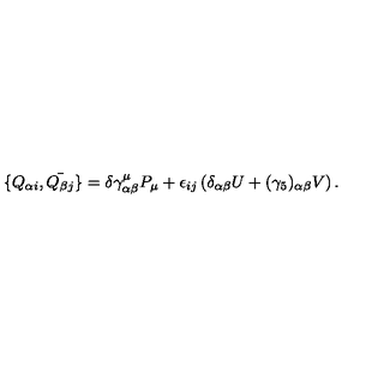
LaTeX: \{ Q _ { \alpha i } , \bar { Q _ { \beta j } } \} = \delta \gamma _ { \alpha \beta } ^ { \mu } P _ { \mu } + \epsilon _ { i j } \left( \delta _ { \alpha \beta } U + ( \gamma _ { 5 } ) _ { \alpha \beta } V \right) .